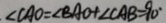
\angle C A O = \angle B A O + \angle C A B = 9 0 ^ { \circ }